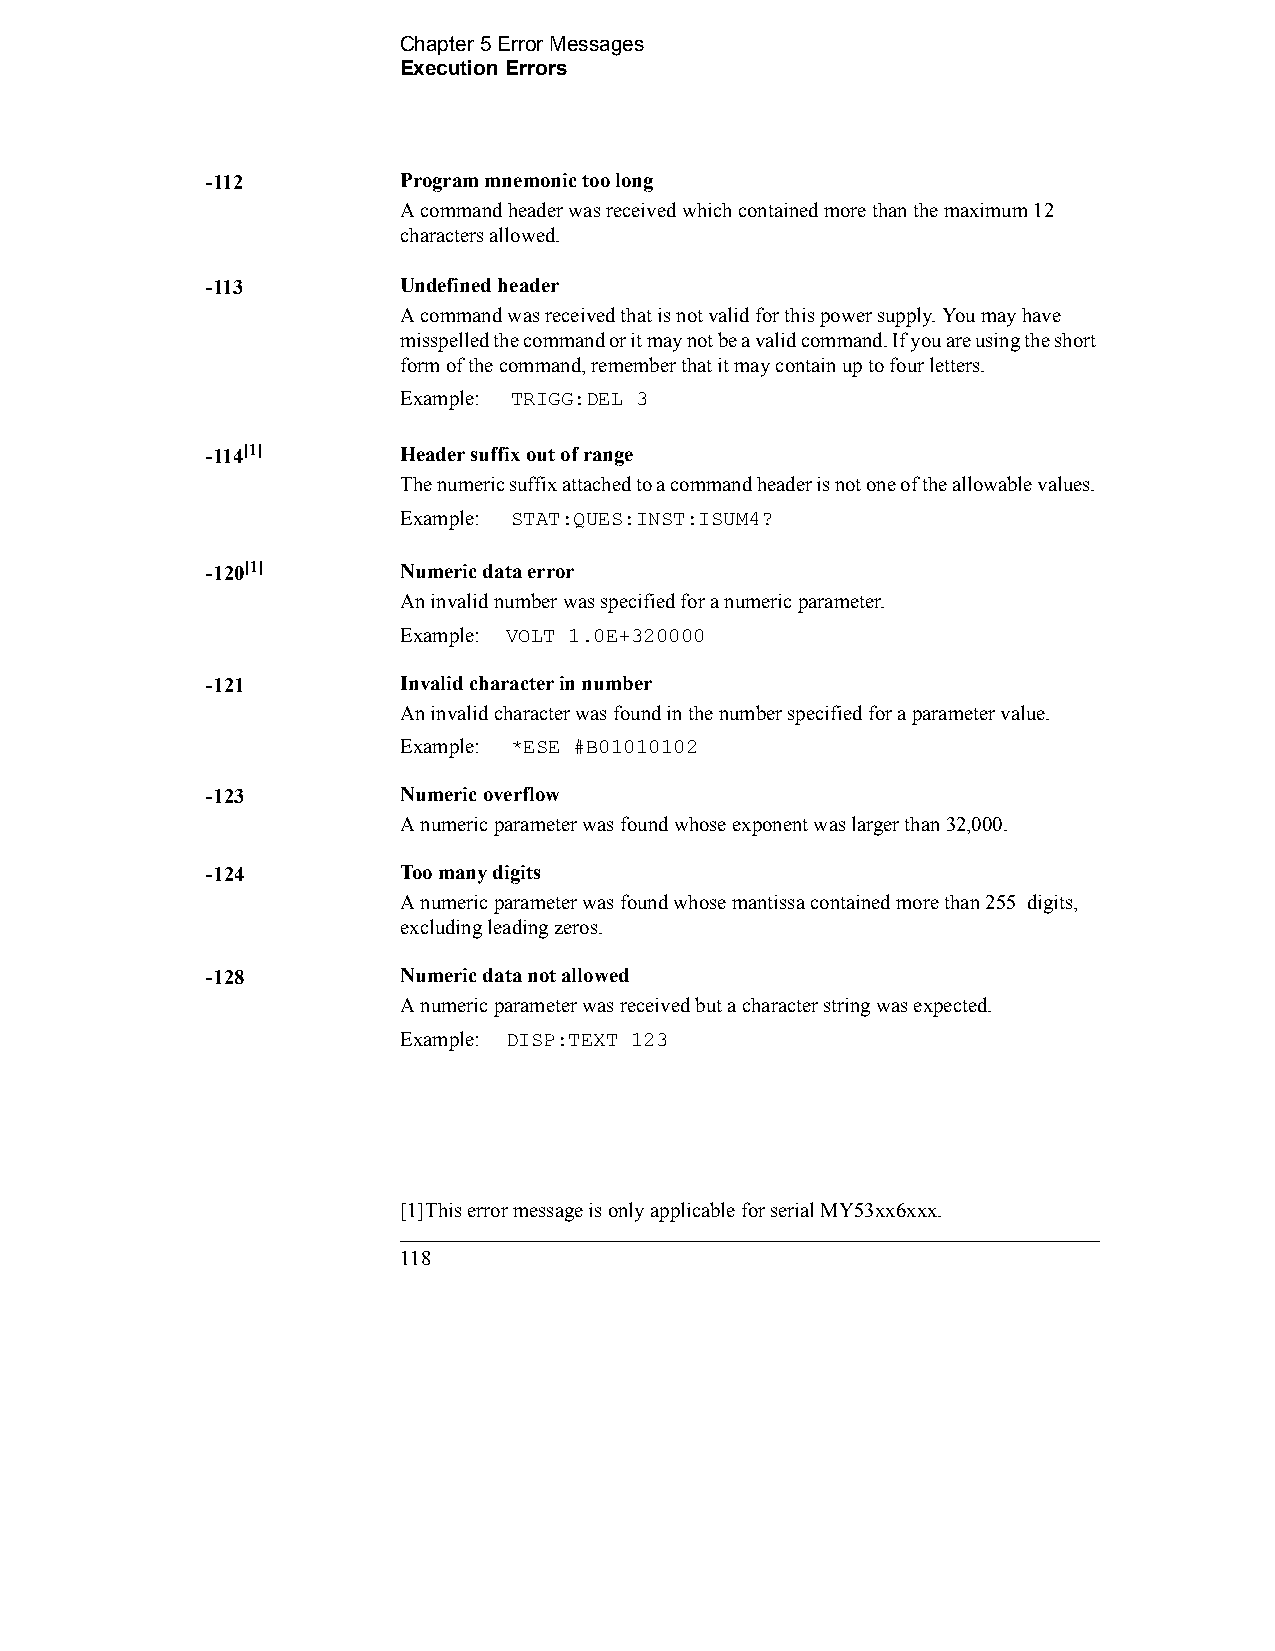
Chapter 5 Error Messages                
 Execution Errors
 -112        Program mnemonic too long
 A command header was received which contained more than the maximum 12
 characters allowed.
 -113        Undefined header
 A command was received that is not valid for this power supply. You may have
 misspelled the command or it may not be a valid command. If you are using the short
 form of the command, remember that it may contain up to four letters.
 Example: TRIGG:DEL 3
 -114[1]     Header suffix out of range
 The numeric suffix attached to a command header is not one of the allowable values.
 Example: STAT:QUES:INST:ISUM4?
 -120[1]     Numeric data error
 An invalid number was specified for a numeric parameter.
 Example: VOLT 1.0E+320000
 -121        Invalid character in number
 An invalid character was found in the number specified for a parameter value.
 Example: *ESE #B01010102
 -123        Numeric overflow
 A numeric parameter was found whose exponent was larger than 32,000.
 -124        Too many digits
 A numeric parameter was found whose mantissa contained more than 255 digits,
 excluding leading zeros.
 -128        Numeric data not allowed
 A numeric parameter was received but a character string was expected.
 Example: DISP:TEXT 123
 [1]This error message is only applicable for serial MY53xx6xxx.
 118                                            